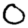
Digit: 0